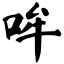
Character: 哞